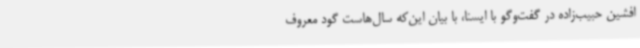
افشین حبیب‌زاده در گفت‌وگو با ایسنا، با بیان این‌که سال‌هاست گود معروف